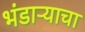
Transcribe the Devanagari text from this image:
भंडाऱ्याचा